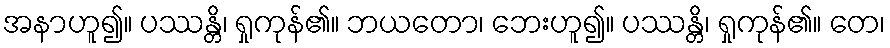
အနာဟူ၍။ ပဿန္တိ၊ ရှုကုန်၏။ ဘယတော၊ ဘေးဟူ၍။ ပဿန္တိ၊ ရှုကုန်၏။ တေ၊